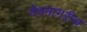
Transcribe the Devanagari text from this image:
देवनागरीच